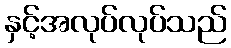
နှင့်အလုပ်လုပ်သည်